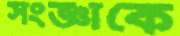
সংজ্ঞাকে